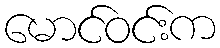
မောင်ဝင်းက